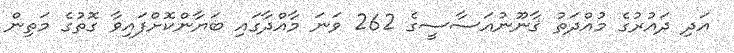
އަދި ދައުރުގެ މުއްދަތު ޤާނޫނުއަސާސީގެ 262 ވަނަ މާއްދާގައި ބަޔާންކޮށްފައިވާ ގޮތުގެ މަތިން